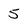
Character: 5